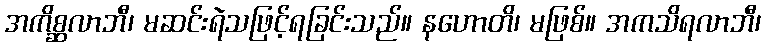
အကိစ္ဆလာဘီ၊ မဆင်းရဲသဖြင့်ရခြင်းသည်။ နဟောတိ၊ မဖြစ်။ အကသိရလာဘီ၊